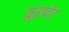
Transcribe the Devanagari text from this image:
युद्धपोट